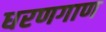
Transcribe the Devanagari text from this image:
धरणगाण